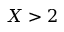
X > 2